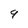
Character: 9